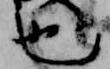
也